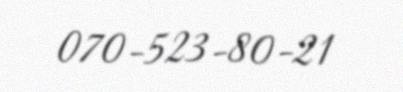
070-523-80-21